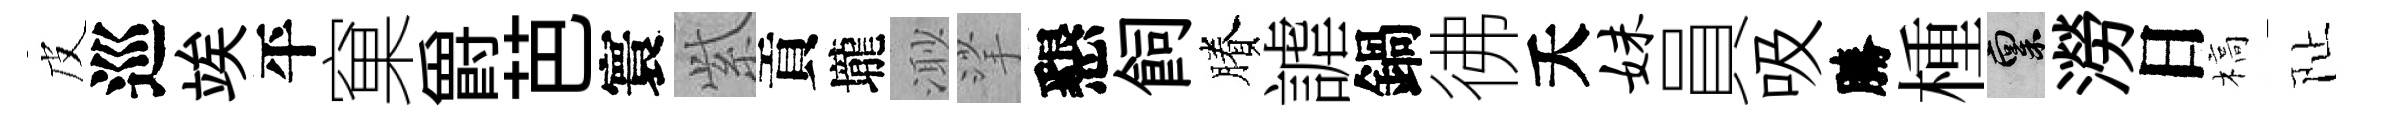
皮巡竢平窠爵芭寰𬗋貢壠𣺌挲懇飼賸謔鍋彿夭妹員吸勝㮔禀澇日槁阯